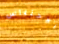
الاحتباس